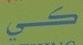
كي